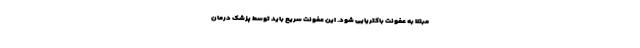
مبتلا به عفونت باکتریایی شود. این عفونت سریع باید توسط پزشک درمان